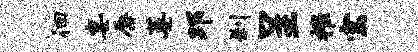
徊宴唇萎邛刹呈摧宝